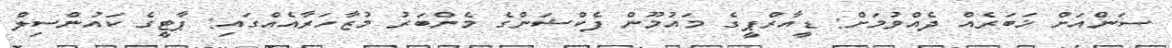
ސަންއަށް ޚަބަރެއް ދެއްވުމަށް: ޑީއާރްޕީގެ މައުމޫން ފެކްޝަންގެ މެންބަރު މުޒާހަރާއެއްގައި: ޕާޓީގެ ކައުންސިލް